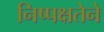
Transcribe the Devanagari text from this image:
निष्पक्षतेने